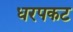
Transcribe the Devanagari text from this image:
धरपकट